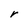
Character: r